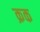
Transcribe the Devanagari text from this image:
क्रक